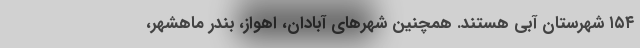
۱۵۴ شهرستان آبی هستند. همچنین شهرهای آبادان، اهواز، بندر ماهشهر،